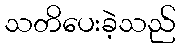
သတိပေးခဲ့သည်